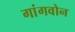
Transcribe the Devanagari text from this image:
गांगवोन